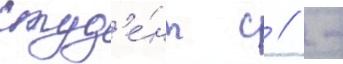
студ'е́нт с // -